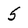
Character: 5